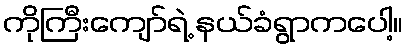
ကိုကြီးကျော်ရဲ့ နယ်ခံရွာကပေါ့။